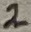
Text: 2